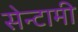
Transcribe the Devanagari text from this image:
सेन्टामी